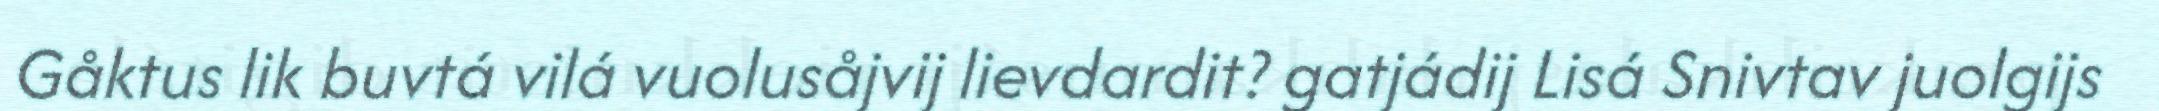
Gåktus lik buvtá vilá vuolusåjvij lievdardit? gatjádij Lisá Snivtav juolgijs